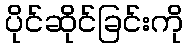
ပိုင်ဆိုင်ခြင်းကို